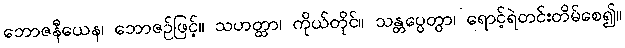
ဘောဇနီယေန၊ ဘောဇဉ်ဖြင့်။ သဟတ္ထာ၊ ကိုယ်တိုင်။ သန္တပ္ပေတွာ၊ ရောင့်ရဲတင်းတိမ်စေ၍။